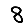
Digit: 8